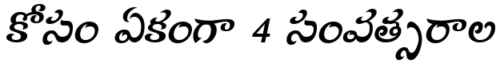
కోసం ఏకంగా 4 సంవత్సరాల